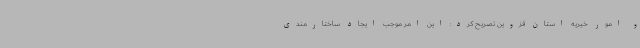
و امور خیریه استان قزوین تصریح کرد: این امر موجب ایجاد ساختارمندی